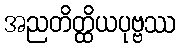
အညတိတ္ထိယပုဗ္ဗဿ